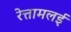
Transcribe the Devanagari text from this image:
रेत्तामलई